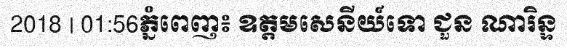
2018 | 01:56ភ្នំពេញ៖ ឧត្តមសេនីយ៍ទោ ជួន ណារិន្ទ